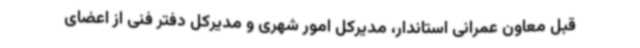
قبل معاون عمرانی استاندار، مدیرکل امور شهری و مدیرکل دفتر فنی از اعضای